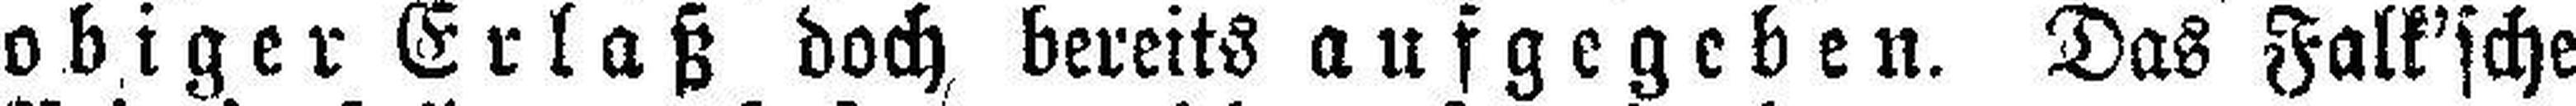
obiger Erlaß doch bereits aufgegeben. Das Falk'sche